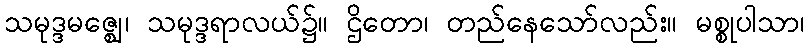
သမုဒ္ဒမဇ္ဈေ၊ သမုဒ္ဒရာလယ်၌။ ဌိတော၊ တည်နေသော်လည်း။ မစ္စုပါသာ၊